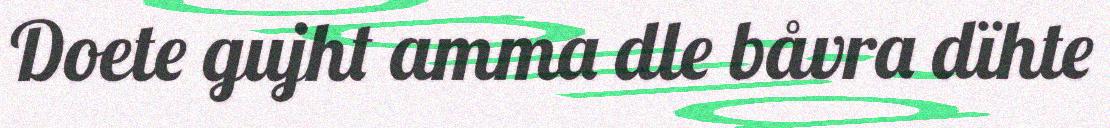
Doete gujht amma dle båvra dïhte